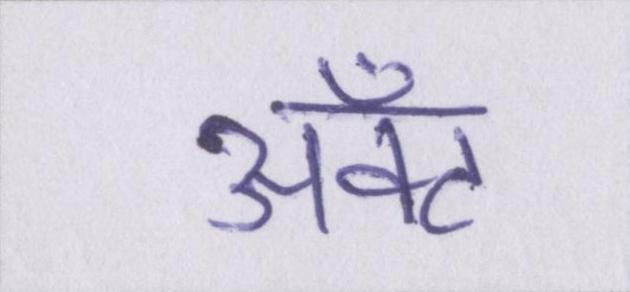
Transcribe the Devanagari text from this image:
ॲक्ट